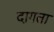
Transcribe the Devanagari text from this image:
दागता